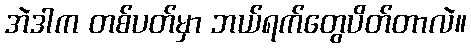
အဲဒါက တစ်ပတ်မှာ ဘယ်ရက်တွေပိတ်တာလဲ။